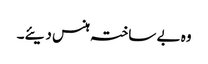
وہ بے ساختہ ہنس دیئے۔